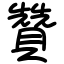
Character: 贊